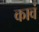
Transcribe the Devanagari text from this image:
कावं